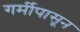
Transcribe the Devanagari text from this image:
गर्मीपासून